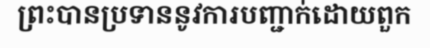
ព្រះបានប្រទាននូវការបញ្ជាក់ដោយពួក